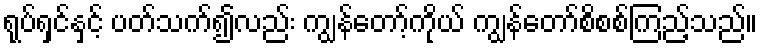
ရုပ်ရှင်နှင့် ပတ်သက်၍လည်း ကျွန်တော့်ကိုယ် ကျွန်တော်စိစစ်ကြည့်သည်။